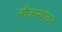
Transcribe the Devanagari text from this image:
नौकऱ्यांवर